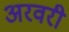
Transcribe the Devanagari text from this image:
अरवरी